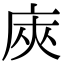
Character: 𢈙